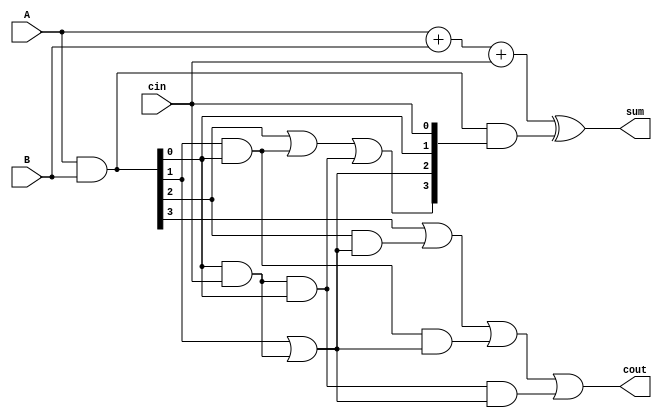
module carry_skip_adder (
    input [3:0] A,
    input [3:0] B,
    input cin,
    output [3:0] sum,
    output cout
);

// Generate the sum bits
wire [3:0] p;
assign p = A + B + cin;

// Calculate the carry-in signals for each stage
wire [3:0] g;
assign g = A & B;

// Generate the carry-skip signals
wire [3:0] sk;
assign sk[0] = cin;
assign sk[1] = g[0];
assign sk[2] = g[1] | (g[0] & sk[0]);
assign sk[3] = g[2] | (g[1] & sk[1]) | ((g[0] & sk[0]) & sk[1]);

// Calculate the carry-out signal
assign cout = g[3] | (g[2] & sk[2]) | ((g[1] & sk[1]) & sk[2]) | ((g[0] & sk[0]) & sk[1] & sk[2]);

// Generate the final sum with carry-skip
assign sum = p ^ (g & sk);

endmodule